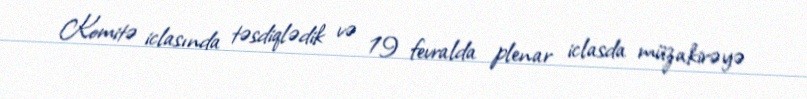
Komitə iclasında təsdiqlədik və 19 fevralda plenar iclasda müzakirəyə